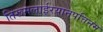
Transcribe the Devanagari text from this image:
तिरूमलाईरयानपत्तिनम